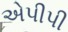
એપીપી